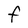
Character: F